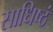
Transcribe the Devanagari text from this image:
साधिष्ठं